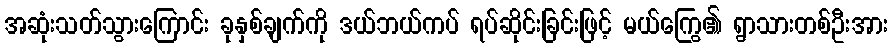
အဆုံးသတ်သွားကြောင်း ခုနှစ်ချက်ကို ဒယ်ဘယ်ကပ် ရပ်ဆိုင်းခြင်းဖြင့် မယ်ကြွေ၏ ရွာသားတစ်ဦးအား